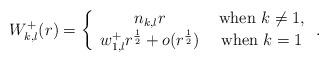
LaTeX: \begin{align*}W^+_{k,l}(r)=\left\{\begin{array}{cc}n_{k,l}r&\mbox{ when }k\neq 1,\\w^+_{1,l}r^{\frac{1}{2}}+o(r^{\frac{1}{2}})&\mbox{ when }k=1\end{array}\right..\end{align*}